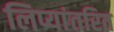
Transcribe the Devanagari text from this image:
लिप्यांतरित